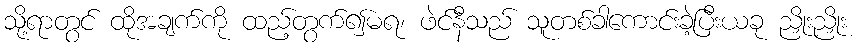
သို့ရာတွင် ထိုအချက်ကို ထည့်တွက်၍မရ၊ ဖဲင်နီသည် သူတစ်ခါကောင်းခဲ့ပြီးယခု ညှိုးညှိုး